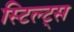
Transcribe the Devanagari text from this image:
स्टिल्ट्स